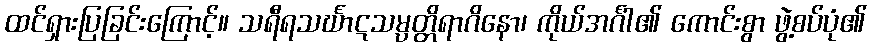
ထင်ရှားပြခြင်းကြောင့်။ သရီရသင်္ဃာဋသမ္ပတ္တိရာဂိနော၊ ကိုယ်အင်္ဂါ၏ ကောင်းစွာ ဖွဲ့စပ်ပုံ၏